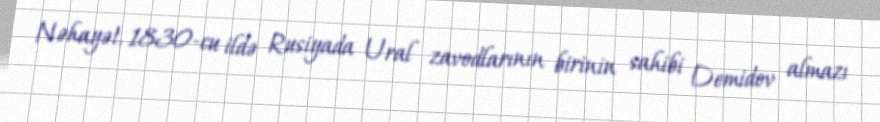
Nəhayət, 1830-cu ildə Rusiyada Ural zavodlarının birinin sahibi Demidov almazı